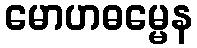
မောဟဓမ္မေန